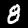
Digit: 8